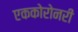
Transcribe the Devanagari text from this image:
एककोरोनरी